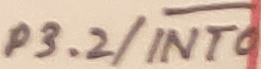
Text: P3.2/INT0